Annual report on the working of the mental hospitals in the Madras Presidency - 1912-1932
Year: 1912
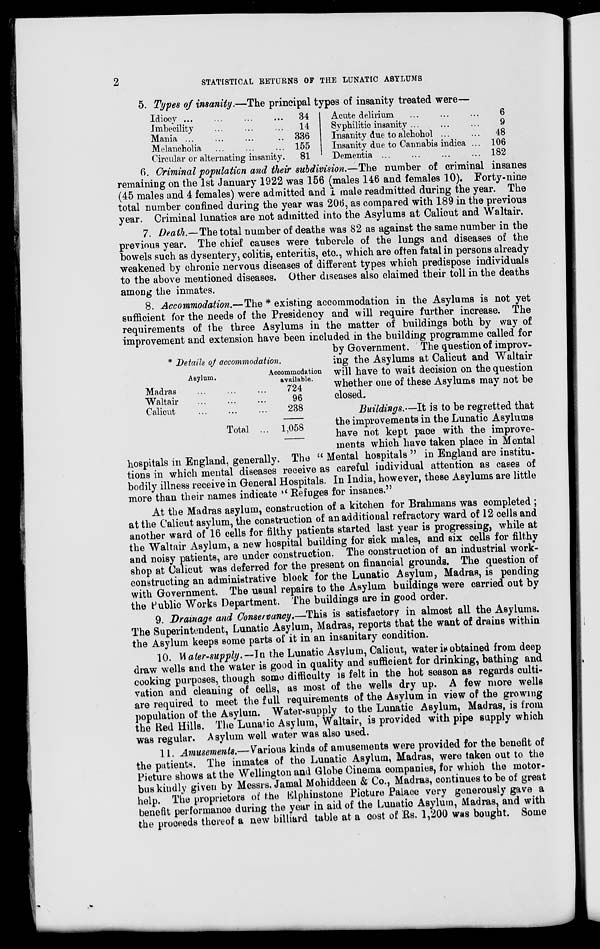
2
STATISTICAL RETURNS OF THE LUNATIC ASYLUMS
5. Types of insanity.—The principal types of insanity treated were—
Idiocy
...
...
...
...
imbecility
...
...
...
Mania ... ... ... ...
Melancholia ... ... ...
Circular or alternating insanity.
34
14
336
155
81
Acute delirium ... ... ...
Syphilitic insanity ... ... ...
Insanity due to alchohol ... ...
Insanity due to Cannabis indica ...
Dementia ... ... ... ...
6
9
48
106
182
* Details of accommodation.
Asylum.
Madras
...
...
...
Waltair ... ... ...
Calicut ... ... ...
Total ...
Accommodation
available.
724
96
238
1,058
6. Criminal population and their subdivision.—The number of criminal insanes
remaining on the 1st January 1922 was 156 (males 146 and females 10). Forty-nine
(45 males and 4 females) were admitted and 1 male readmitted during the year. The
total number confined during the year was 206, as compared with 189 in the previous
year. Criminal lunatics are not admitted into the Asylums at Calicut and Waltair.
7. Death.—The total number of deaths was 82 as against the same number in the
previous year. The chief causes were tubercle of the lungs and diseases of the
bowels such as dysentery, colitis, enteritis, etc., which are often fatal in persons already
weakened by chronic nervous diseases of different types which predispose individuals
to the above mentioned diseases. Other diseases also claimed their toll in the deaths
among the inmates.
8. Accommodation.—The * existing accommodation in the Asylums is not yet
sufficient for the needs of the Presidency and will require further increase. The
requirements of the three Asylums in the matter of buildings both by way of
improvement and extension have been included in the building programme called for
by Government. The question of improv-
ing the Asylums at Calicut and Waltair
will have to wait decision on the question
whether one of these Asylums may not be
closed.
Buildings.—It is to be regretted that
the improvements in the Lunatic Asylums
have not kept pace with the improve-
ments which have taken place in Mental
hospitals in England, generally. The " Mental hospitals " in England are institu-
tions in which mental diseases receive as careful individual attention as cases of
bodily illness receive in General Hospitals. In India, however, these Asylums are little
more than their names indicate " Refuges for insanes."
At the Madras asylum, construction of a kitchen for Brahmans was completed ;
at the Calicut asylum, the construction of an additional refractory ward of 12 cells and
another ward of 16 cells for filthy patients started last year is progressing, while at
the Waltair Asylum, a new hospital building for sick males, and six cells for filthy
and noisy patients, are under construction. The construction of an industrial work-
shop at Calicut was deferred for the present on financial grounds. The question of
constructing an administrative block for the Lunatic Asylum, Madras, is pending
with Government. The usual repairs to the Asylum buildings were carried out by
the Public Works Department. The buildings are in good order.
9. Drainage and Conservancy.—This is satisfactory in almost all the Asylums.
The Superintendent, Lunatic Asylum, Madras, reports that the want of drains within
the Asylum keeps some parts of it in an insanitary condition.
10. Water-supply.—In the Lunatic Asylum, Calicut, water is obtained from deep
draw wells and the water is good in quality and sufficient for drinking, bathing and
cooking purposes, though some difficulty is felt in the hot season as regards culti-
vation and cleaning of cells, as most of the wells dry up. A few more wells
are required to meet the full requirements of the Asylum in view of the growing
population of the Asylum. Water-supply to the Lunatic Asylum, Madras, is from
the Red Hills. The Lunatic Asylum, Waltair, is provided with pipe supply which
was regular. Asylum well water was also used.
11. Amusements.—Various kinds of amusements were provided for the benefit of
the patients. The inmates of the Lunatic Asylum, Madras, were taken out to the
Picture shows at the Wellington and Globe Cinema companies, for which the motor-
bus kindly given by Messrs. Jamal Mohiddeen & Co., Madras, continues to be of great
help. The proprietors of the Elphinstone Picture Palace very generously gave a
benefit performance during the year in aid of the Lunatic Asylum, Madras, and with
the proceeds thereof a new billiard table at a cost of Rs. 1,200 was bought. Some